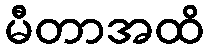
မီတာအထိ